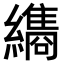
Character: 𮉖